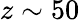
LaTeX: z\sim 50